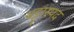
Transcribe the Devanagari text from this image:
थट्टास्पद